65_HS1-834228961_62-HQ-83894_Section_2
Agency: FBI
Page 87
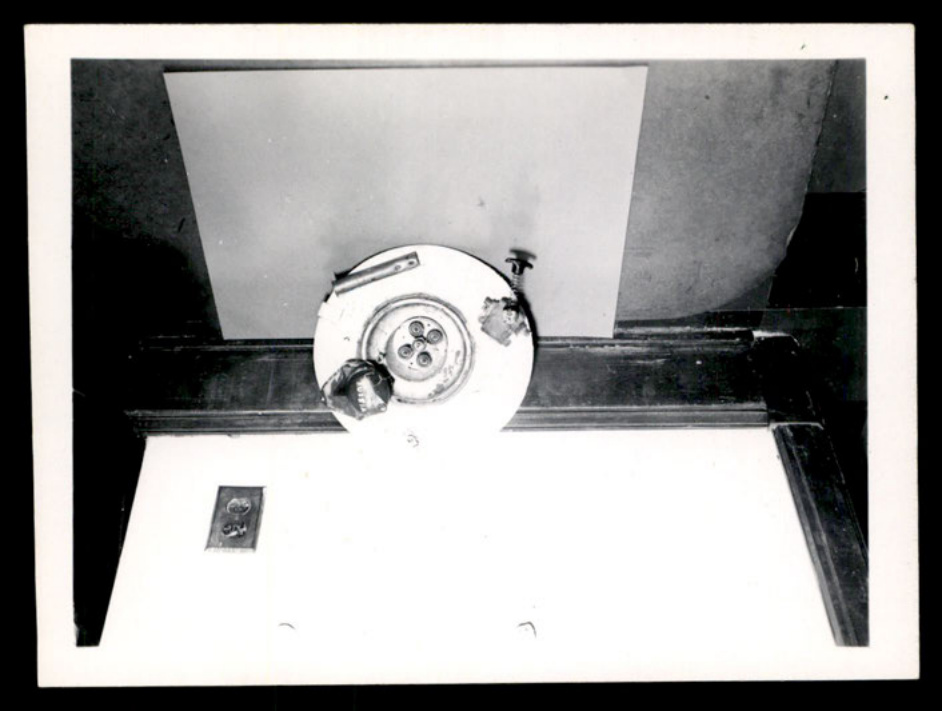